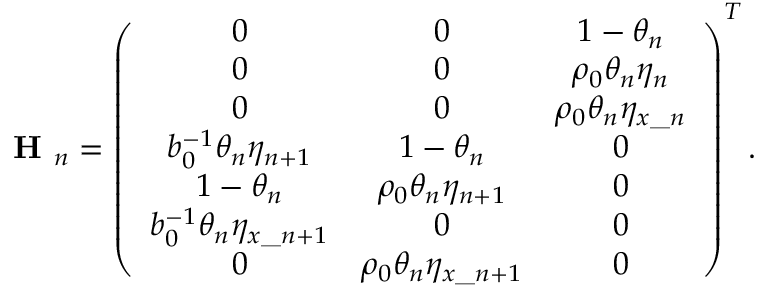
\textbf { H } _ { n } = \left( \begin{array} { c c c } { 0 } & { 0 } & { 1 - \theta _ { n } } \\ { 0 } & { 0 } & { \rho _ { 0 } \theta _ { n } \eta _ { n } } \\ { 0 } & { 0 } & { \rho _ { 0 } \theta _ { n } \eta _ { x \_ n } } \\ { b _ { 0 } ^ { - 1 } \theta _ { n } \eta _ { n + 1 } } & { 1 - \theta _ { n } } & { 0 } \\ { 1 - \theta _ { n } } & { \rho _ { 0 } \theta _ { n } \eta _ { n + 1 } } & { 0 } \\ { b _ { 0 } ^ { - 1 } \theta _ { n } \eta _ { x \_ { n + 1 } } } & { 0 } & { 0 } \\ { 0 } & { \rho _ { 0 } \theta _ { n } \eta _ { x \_ { n + 1 } } } & { 0 } \end{array} \right) ^ { T } .